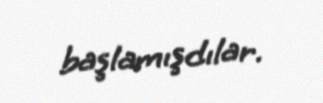
başlamışdılar.